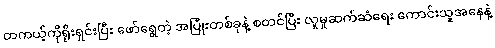
တကယ့်ကိုရိုးရှင်းပြီး ဖော်ရွေတဲ့ အပြုံးတစ်ခုနဲ့ စတင်ပြီး လူမှုဆက်ဆံရေး ကောင်းသူအနေနဲ့